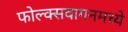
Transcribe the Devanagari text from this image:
फोल्क्सवागनमध्ये